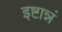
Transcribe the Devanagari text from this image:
इष्टान्नं